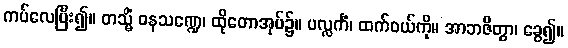
ကပ်လေပြီး၍။ တသ္မိံ ဝနသဏ္ဍေ၊ ထိုတောအုပ်၌။ ပလ္လင်္ကံ၊ ထက်ဝယ်ကို။ အာဘဇိတွာ၊ ခွေ၍။